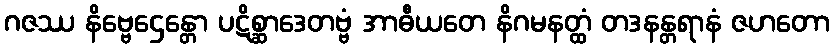
ဂဇဿ နိဗ္ဗေဌေန္တော ပဋိစ္ဆာဒေတဗ္ဗံ အာဓီယတေ နိဂမနတ္ထံ တဒနန္တရာနံ ဇဟတော